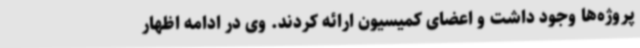
پروژه‌ها وجود داشت و اعضای کمیسیون ارائه کردند. وی در ادامه اظهار